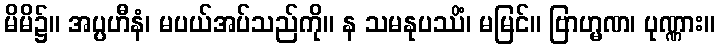
မိမိ၌။ အပ္ပဟီနံ၊ မပယ်အပ်သည်ကို။ န သမနုပဿိံ၊ မမြင်။ ဗြာဟ္မဏ၊ ပုဏ္ဏား။